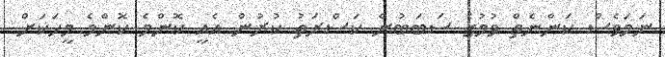
ނަމަވެސް ކަންނެތް ވުމުގެ ސަބަބުން ކަސްރަތު ކުރުން އެއީ ކޮންމެ ކޮންމެ މީހަކަށް